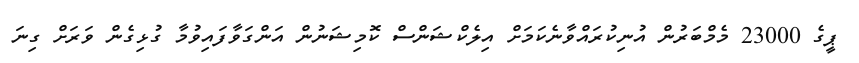
ޕީގެ 23000 މެމްބަރުން އުނިކުރައްވާނެކަމަށް އިލެކްޝަންސް ކޮމިޝަނުން އަންގަވާފައިވުމާ ގުޅިގެން ވަރަށް ގިނަ